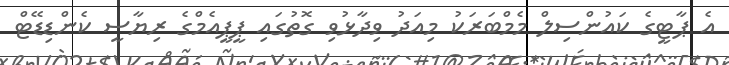
އެ ޕާޓީގެ ކައުންސިލް މެމްބަރަކު މިއަދު ވިދާޅުވި ގޮތުގައި ޕީޕީއެމްގެ ރިޔާސީ ކެންޑިޑޭޓް